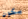
يكون